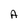
Character: A